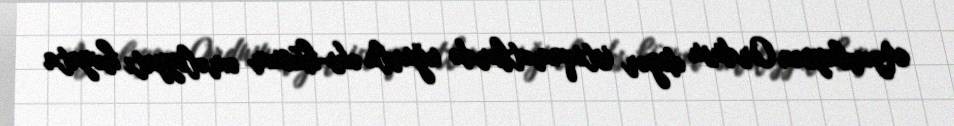
Azərbaycan Ordusu digər istiqamətlərdə uğurlu əks-hücum əməliyyatı həyata